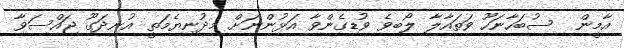
އާމީން  ސުބަހާނަހޫ ވަތައާލާ ލޯބިވެ ވުޑިގެންވާ އަޅުންނަށް މިދުނިޔެމަތީ އުނދަގޫ ޖައްސަވާ